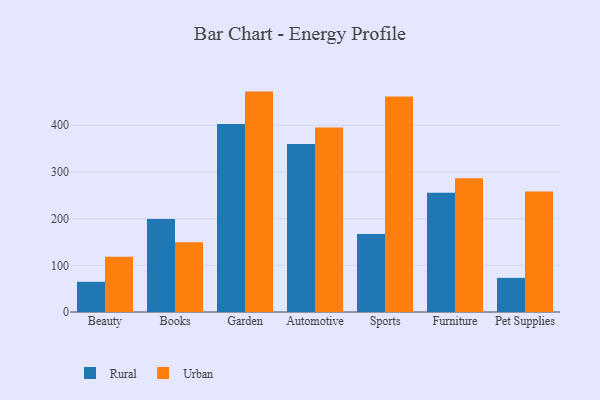
{"axis": {"x": "Category", "y": "Energy Usage (MWh)"}, "legend": ["Rural", "Urban"], "data": [{"x": "Beauty", "y": 64.7, "type": "Rural"}, {"x": "Beauty", "y": 118.3, "type": "Urban"}, {"x": "Books", "y": 199.0, "type": "Rural"}, {"x": "Books", "y": 149.2, "type": "Urban"}, {"x": "Garden", "y": 402.5, "type": "Rural"}, {"x": "Garden", "y": 472.0, "type": "Urban"}, {"x": "Automotive", "y": 359.9, "type": "Rural"}, {"x": "Automotive", "y": 394.9, "type": "Urban"}, {"x": "Sports", "y": 167.0, "type": "Rural"}, {"x": "Sports", "y": 461.5, "type": "Urban"}, {"x": "Furniture", "y": 255.6, "type": "Rural"}, {"x": "Furniture", "y": 286.5, "type": "Urban"}, {"x": "Pet Supplies", "y": 73.1, "type": "Rural"}, {"x": "Pet Supplies", "y": 258.3, "type": "Urban"}]}